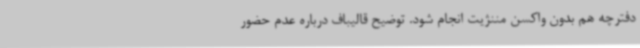
دفترچه هم بدون واکسن مننژیت انجام شود. توضیح قالیباف درباره عدم حضور